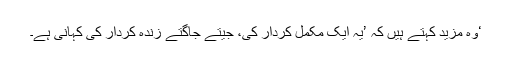
‘وہ مزید کہتے ہیں کہ ’یہ ایک مکمل کردار کی، جیتے جاگتے زندہ کردار کی کہانی ہے۔